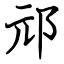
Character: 邧